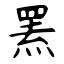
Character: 罴